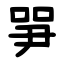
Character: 㖐